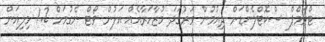
ޓްރަމްޕް ސްކޮޓްލެންޑަށް ދިއުމުން ވަރުގަދަ މުޒާހަރާއެއް އަލުން ވޯޓް ނެގުމަށް 1.2 މިލިއަން